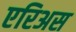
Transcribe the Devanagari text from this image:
एरिअस